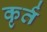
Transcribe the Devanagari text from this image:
कृर्त